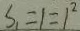
S _ { 1 } = 1 = 1 ^ { 2 }